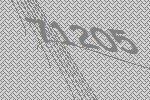
71205